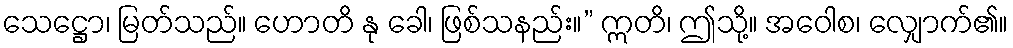
သေဋ္ဌော၊ မြတ်သည်။ ဟောတိ နု ခေါ၊ ဖြစ်သနည်း။” ဣတိ၊ ဤသို့။ အဝေါစ၊ လျှောက်၏။